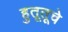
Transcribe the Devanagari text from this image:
हुतूतूचे